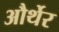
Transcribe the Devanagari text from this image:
और्थेर